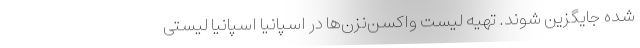
شده جایگزین شوند. تهیه لیست واکسن‌نزن‌ها در اسپانیا اسپانیا لیستی